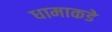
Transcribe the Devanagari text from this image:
धामाकडे